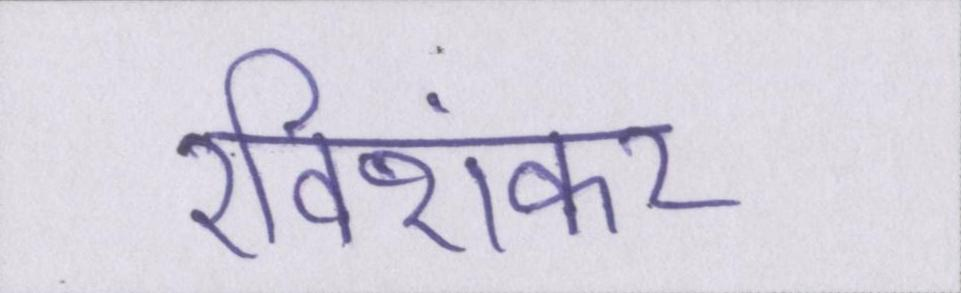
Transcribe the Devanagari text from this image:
रविशंकर